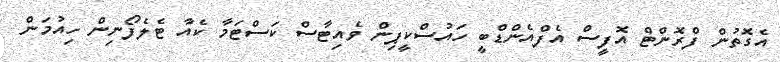
އެގޮތުން ފްރޮންޓް އޮފީސް އެފްއެންޑްބީ ހައުސްކީޕިން ވެއިޓާސް ކަސްޓަމާ ކެއާ ޓެލެފޯނިން ހިއުމަން